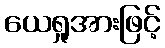
ယေရှုအားဖြင့်